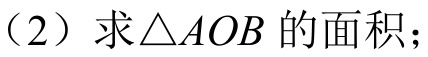
（2）求\(\triangle AOB\)的面积；